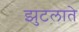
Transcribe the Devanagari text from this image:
झुटलाते